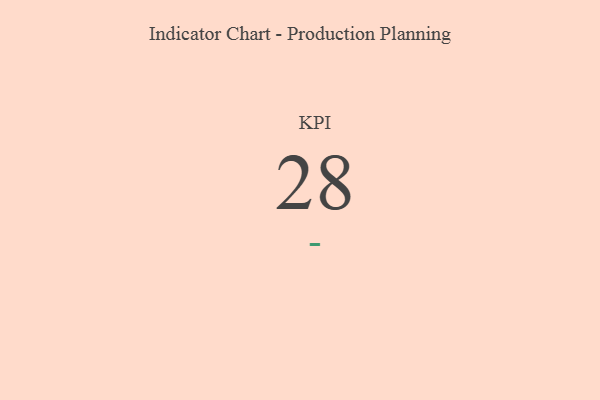
{"axis": {"x": "KPI", "y": "Value"}, "legend": [""], "data": [{"x": "KPI", "y": 28, "type": ""}]}